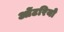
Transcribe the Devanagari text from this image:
ओंटरियो